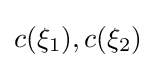
c(\xi _{1}),c(\xi _{2})